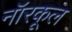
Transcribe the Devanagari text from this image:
नॉरकूल